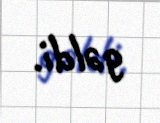
gəldi.